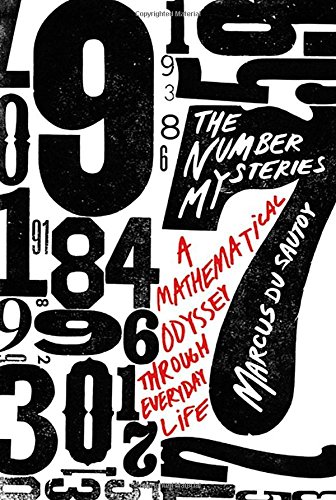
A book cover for The Number Mysteries: A Mathematical Odyssey through Everyday Life (MacSci); Marcus du Sautoy; Humor & Entertainment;